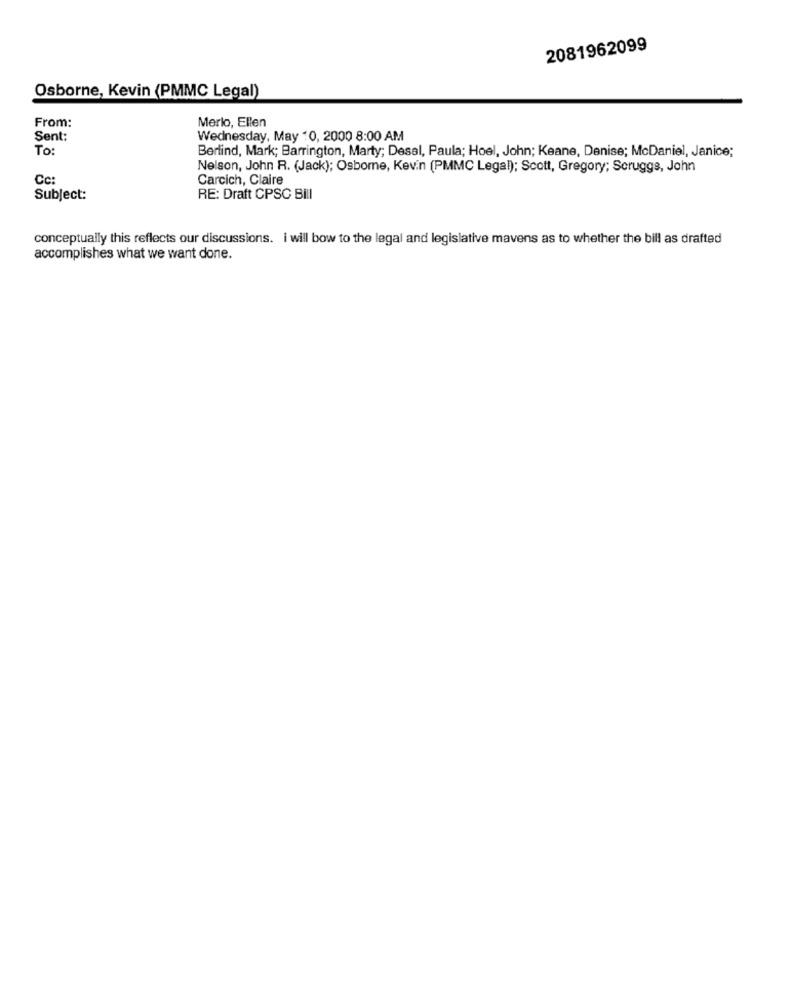
2081962099
Osborne, Kevin (PMMC Legal)
Merlo, Ellen
From:
Sent:
Wednesday, May 10, 2000 8:00 AM
To:
Berlind, Mark; Barrington, Marty; Desal, Paula; Hoel, John; Keane, Denise; McDaniel, Janice;
Nelson, John R. (Jack); Osborne, Kevin (PMMC Legal); Scott, Gregory; Scruggs, John
Cc
Carcich, Claire
Subject:
RE: Draft CPSC Bill
conceptually this reflects our discussions. i will bow to the legal and legislative mavens as to whether the bill as drafted
accomplishes what we want done.